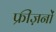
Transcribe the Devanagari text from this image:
फ्रीज़नों